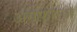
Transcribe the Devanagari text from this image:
असफ़ारअ